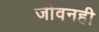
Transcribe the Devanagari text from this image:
जीवनही